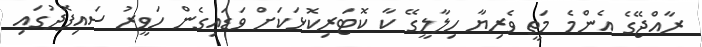
ރާއްޖޭގެ އެންމެ މަތީ ވެރިޔާ ހިލާލީގޭ ކާ ކޮޓަރިކޮޅަކަށް ވަޑައިގެން ހަވީރު ސައިފޮދުގައި